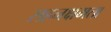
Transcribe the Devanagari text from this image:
सहनक्षमता